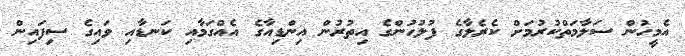
އެމީހުން ސަލާމަތްކުރުމަށް ކެރެލާގެ ފުލުހުންގެ އިތުރުން އިންޑިއާގެ އެއްގަމާއި ކަނޑާއި ވައިގެ ސިފައިން